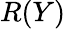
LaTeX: R(Y)